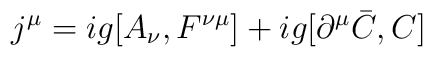
j^\mu =ig[A_\nu ,F^{\nu \mu }]+ig[\partial ^\mu \bar C,C]